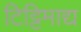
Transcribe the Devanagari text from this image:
टिट्टिमाद्य